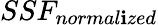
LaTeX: SSF_{normal\mathbf{i}zed}